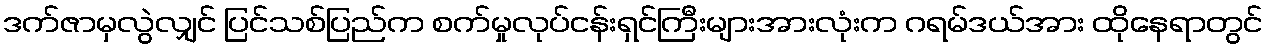
ဒက်ဇာမှလွဲလျှင် ပြင်သစ်ပြည်က စက်မှုလုပ်ငန်းရှင်ကြီးများအားလုံးက ဂရမ်ဒယ်အား ထိုနေရာတွင်